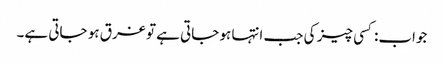
جواب:کسی چیز کی جب انتہا ہو جاتی ہے تو غرق ہو جاتی ہے۔